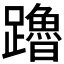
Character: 𬧙